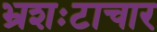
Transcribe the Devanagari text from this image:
भ्रशःटाचार